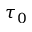
\tau _ { 0 }